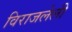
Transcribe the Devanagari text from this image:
विराजलेली